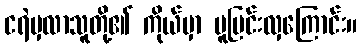
ငရဲမှလာသူတို့၏ ကိုယ်မှာ ပူပြင်းလှကြောင်း။